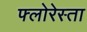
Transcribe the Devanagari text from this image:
फ्लोरेस्ता